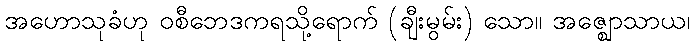
အဟောသုခံဟု ဝစီဘေဒကရသို့ရောက် (ချီးမွမ်း) သော။ အဇ္ဈောသာယ၊